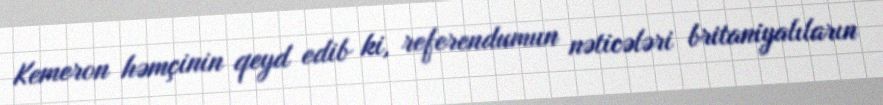
Kemeron həmçinin qeyd edib ki, referendumun nəticələri britaniyalıların